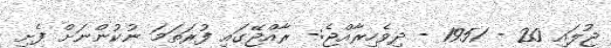
ޖުލައި 20 - 1951 - ދިވެހިރާއްޖެ:- ރާއްޖޭގައި ފުރަތަމަ ނުކުންނަށް ފެށި